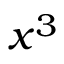
x ^ { 3 }